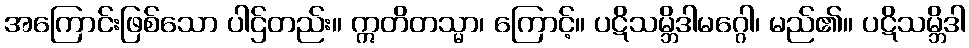
အကြောင်းဖြစ်သော ပါဌ်တည်း။ ဣတိတသ္မာ၊ ကြောင့်။ ပဋိသမ္ဘိဒါမဂ္ဂေါ၊ မည်၏။ ပဋိသမ္ဘိဒါ